Scientific memoirs by medical officers of the Army of India - Part V,
Year: 1890
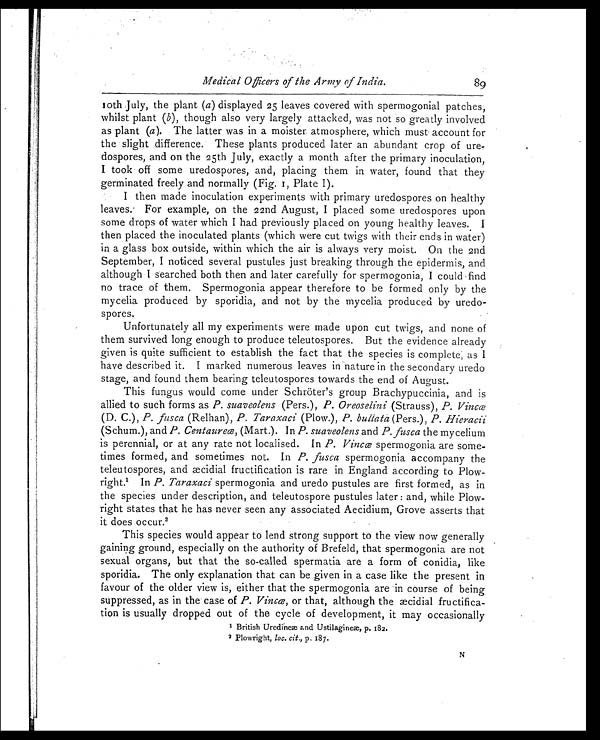
Medical Officers of the Army of India.
10th July, the plant ( a) displayed 25 leaves covered with spermogonial patches,
whilst plant ( b), though also very largely attacked, was not so greatly involved
as plant (a ). The latter was in a moister atmosphere, which must account for
the slight difference. These plants produced later an abundant crop of ure
-dospores, and on the 25th July, exactly a month after the primary inoculation,
I took off some uredospores, and, placing them in water, found that they
germinated freely and normally (Fig. 1, Plate I).
I then made inoculation experiments with primary uredospores on healthy
leaves. For example, on the 22nd August, I placed some uredospores upon
some drops of water which I had previously placed on young healthy leaves. I
then placed the inoculated plants (which were cut twigs with their ends in water)
in a glass box outside, within which the air is always very moist. On the 2nd
September, I noticed several pustules just breaking through the epidermis, and
although I searched both then and later carefully for spermogonia, I could find
no trace of them. Spermogonia appear therefore to be formed only by the
mycelia produced by sporidia, and not by the mycelia produced by uredo
-spores.
Unfortunately all my experiments were made upon cut twigs, and none of
them survived long enough to produce teleutospores. But the evidence already
given is quite sufficient to establish the fact that the species is complete, as I
have described it. I marked numerous leaves in nature in the secondary credo
stage, and found them bearing teleutospores towards the end of August.
This fungus would come under Schröter's group Brachypuccinia, and is
allied to such forms as P. suaveolens (Pers.), P. Oreoselini (Strauss), P. Vincœ
(D. C.), P. fusca (Relhan), P. Taraxaci (Plow.), P. bullata( P e r s . ) ,
P . H i e r a c i i
(Schum.), and P. Centaureœ, (Mart.). In P. suaveolens and P. fusca the mycelium
is perennial, or at any rate not localised. In P. Vincœ spermogonia are some
- t i m e s f o r m e d , a n d s o m e t i m e s n o t . I nP
. f u s c a
s p e r m o g o n i a a c c o m p a n y t h e
teleutospores, and æcidial fructification is rare in England according to Plow-
right.1 In P. Taraxaci spermogonia and uredo pustules are first formed, as in
the species under description, and teleutospore pustules later: and, while Plow-
right states that he has never seen any associated Aecidium, Grove asserts that
it does occur.2
This species would appear to lend strong support to the view now generally
gaining ground, especially on the authority of Brefeld, that spermogonia are not
sexual organs, but that the so-called spermatia are a form of conidia, like
sporidia. The only explanation that can be given in a case like the present in
favour of the older view is, either that the spermogonia are in course of being
suppressed, as in the case of P. Vincœ, or that, although the æcidial fructifica
-tion is usually dropped out of the cycle of development, it may occasionally
1
B r i t i s h U r e d i n e æ a n d U s t i l a g i n e æ , p . 1 8 2 .
2 Plowright, loc. cit., p. 187.
89
N